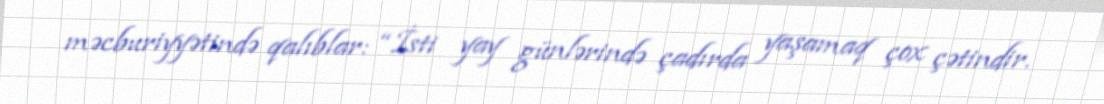
məcburiyyətində qalıblar: “İsti yay günlərində çadırda yaşamaq çox çətindir.